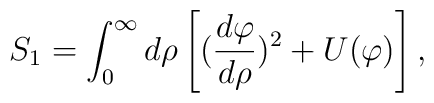
S_1 = \int_0^\infty d\rho \left[({d\varphi \over d\rho})^2 +U(\varphi)\right] ,